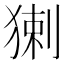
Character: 𤟰